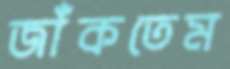
জাঁকতেম